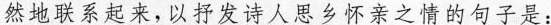
然地联系起来，以抒发诗人思乡怀亲之情的句子是：